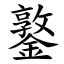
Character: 鐜